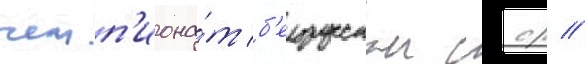
чемп'иона́т б'елорусскои сср //